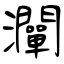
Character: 灛